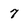
Character: 7